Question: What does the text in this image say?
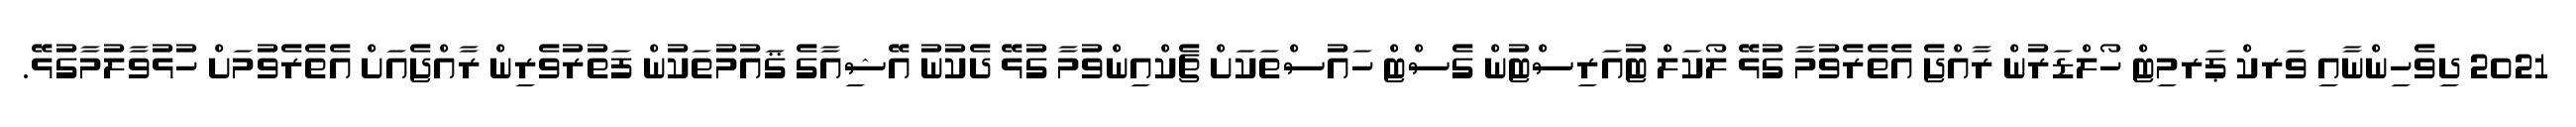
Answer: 2021 ދިވެހިންނާއި ވަރކް ޕަރމިޓް ހޯލްޑަރުން ރާއްޖެ އެތެރެވުމާ ގުޅޭ ލޯކަލް ޓުއަރިސްޓުން ގެސްޓް ހައުސްތަކަށް ޗެކްއިންވުމާ ގުޅޭ ދެކުނު އޭޝިއާގެ ޤައުމުތަކުން ފަތުރުވެރިން ރާއްޖެއަށް އެތެރެވުމަށް ހުޅުވާލުމާގުޅޭ.